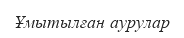
Ұмытылған аурулар